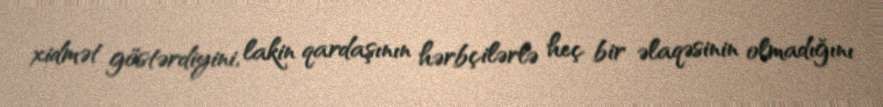
xidmət göstərdiyini, lakin qardaşının hərbçilərlə heç bir əlaqəsinin olmadığını